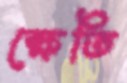
ক্ষেতি